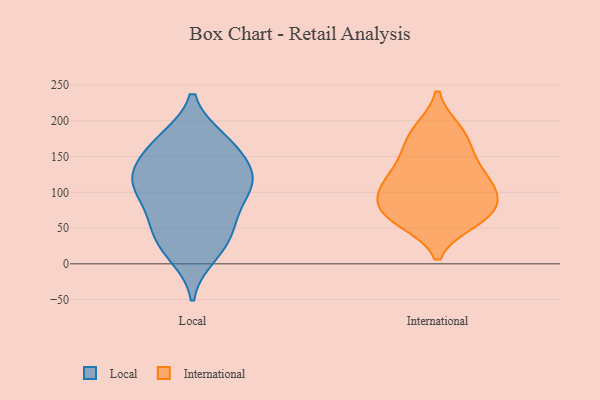
{"axis": {"x": "Gross Profit (USD K)", "y": "Value"}, "legend": ["International", "Local"], "data": [{"x": "", "y": 67, "type": "Local"}, {"x": "", "y": 106, "type": "Local"}, {"x": "", "y": 12, "type": "Local"}, {"x": "", "y": 173, "type": "Local"}, {"x": "", "y": 170, "type": "Local"}, {"x": "", "y": 58, "type": "Local"}, {"x": "", "y": 174, "type": "Local"}, {"x": "", "y": 21, "type": "Local"}, {"x": "", "y": 34, "type": "Local"}, {"x": "", "y": 121, "type": "Local"}, {"x": "", "y": 54, "type": "Local"}, {"x": "", "y": 126, "type": "Local"}, {"x": "", "y": 135, "type": "Local"}, {"x": "", "y": 151, "type": "Local"}, {"x": "", "y": 104, "type": "Local"}, {"x": "", "y": 104, "type": "Local"}, {"x": "", "y": 112, "type": "Local"}, {"x": "", "y": 60, "type": "International"}, {"x": "", "y": 99, "type": "International"}, {"x": "", "y": 66, "type": "International"}, {"x": "", "y": 96, "type": "International"}, {"x": "", "y": 161, "type": "International"}, {"x": "", "y": 70, "type": "International"}, {"x": "", "y": 64, "type": "International"}, {"x": "", "y": 187, "type": "International"}, {"x": "", "y": 187, "type": "International"}, {"x": "", "y": 101, "type": "International"}, {"x": "", "y": 124, "type": "International"}, {"x": "", "y": 157, "type": "International"}, {"x": "", "y": 126, "type": "International"}, {"x": "", "y": 118, "type": "International"}, {"x": "", "y": 77, "type": "International"}]}